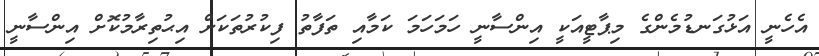
އެހެނީ އަޅުގަނޑުމެންގެ މިޕާޓީއަކީ އިންސާނީ ހަމަހަމަ ކަމާއި ތަފާތު ފިކުރުތަކަށް އިޙުތިރާމުކޮށް އިންސާނީ